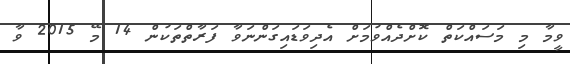
ވީމާ މި މަސައްކަތް ކޮށްދެއްވުމަށް އެދިވަޑައިގަންނަވާ ފަރާތްތަކުން 14 މޭ 2015 ވާ